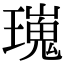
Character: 𤩫